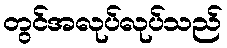
တွင်အလုပ်လုပ်သည်